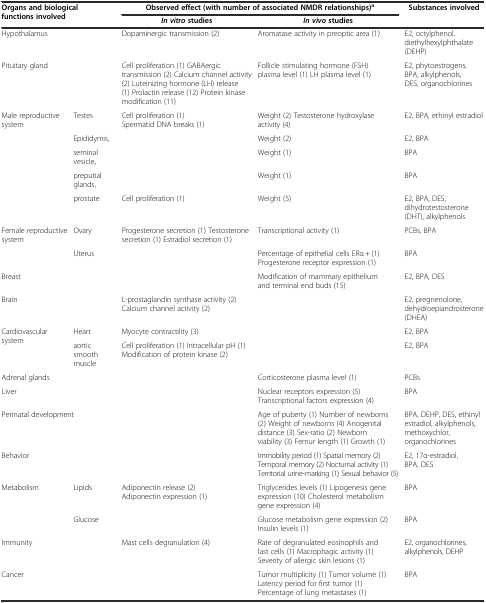
<table><thead><tr><td rowspan="2" colspan="2"><b>Organs and biological functions involved</b></td><td colspan="2"><b>Observed effect (with number of associated NMDR relationships)<sup>a</sup></b></td><td rowspan="2"><b>Substances involved</b></td></tr><tr><td><b><i>In vitro</i>studies</b></td><td><b><i>In vivo</i>studies</b></td></tr></thead><tbody><tr><td colspan="2">Hypothalamus</td><td>Dopaminergic transmission (2)</td><td>Aromatase activity in preoptic area (1)</td><td>E2, octylphenol, diethylhexylphthalate (DEHP)</td></tr><tr><td colspan="2">Pituitary gland</td><td>Cell proliferation (1) GABAergic transmission (2) Calcium channel activity (2) Luteinizing hormone (LH) release (1) Prolactin release (12) Protein kinase modification (11)</td><td>Follicle stimulating hormone (FSH) plasma level (1) LH plasma level (1)</td><td>E2, phytoestrogens, BPA, alkylphenols, DES, organochlorines</td></tr><tr><td rowspan="5">Male reproductive system</td><td>Testes</td><td>Cell proliferation (1) Spermatid DNA breaks (1)</td><td>Weight (2) Testosterone hydroxylase activity (4)</td><td>E2, BPA, ethinyl estradiol</td></tr><tr><td>Epididymis,</td><td></td><td>Weight (2)</td><td>E2, BPA</td></tr><tr><td>seminal vesicle,</td><td></td><td>Weight (1)</td><td>BPA</td></tr><tr><td>preputial glands,</td><td></td><td>Weight (1)</td><td>BPA</td></tr><tr><td>prostate</td><td>Cell proliferation (1)</td><td>Weight (5)</td><td>E2, BPA, DES, dihydrotestosterone (DHT), alkylphenols</td></tr><tr><td rowspan="2">Female reproductive system</td><td>Ovary</td><td>Progesterone secretion (1) Testosterone secretion (1) Estradiol secretion (1)</td><td>Transcriptional activity (1)</td><td>PCBs, BPA</td></tr><tr><td>Uterus</td><td></td><td>Percentage of epithelial cells ERα + (1) Progesterone receptor expression (1)</td><td>BPA</td></tr><tr><td colspan="2">Breast</td><td></td><td>Modification of mammary epithelium and terminal end buds (15)</td><td>E2, BPA, DES</td></tr><tr><td colspan="2">Brain</td><td>L-prostaglandin synthase activity (2) Calcium channel activity (2)</td><td></td><td>E2, pregnenolone, dehydroepiandrosterone (DHEA)</td></tr><tr><td rowspan="2">Cardiovascular system</td><td>Heart</td><td>Myocyte contractility (3)</td><td></td><td>E2, BPA</td></tr><tr><td>aortic smooth muscle</td><td>Cell proliferation (1) Intracellular pH (1) Modification of protein kinase (2)</td><td></td><td>E2, BPA</td></tr><tr><td colspan="2">Adrenal glands</td><td></td><td>Corticosterone plasma level (1)</td><td>PCBs</td></tr><tr><td colspan="2">Liver</td><td></td><td>Nuclear receptors expression (5) Transcriptional factors expression (4)</td><td>BPA</td></tr><tr><td colspan="2">Perinatal development</td><td></td><td>Age of puberty (1) Number of newborns (2) Weight of newborns (4) Anogenital distance (3) Sex-ratio (2) Newborn viability (3) Femur length (1) Growth (1)</td><td>BPA, DEHP, DES, ethinyl estradiol, alkylphenols, methoxychlor, organochlorines</td></tr><tr><td colspan="2">Behavior</td><td></td><td>Immobility period (1) Spatial memory (2) Temporal memory (2) Nocturnal activity (1) Territorial urine-marking (1) Sexual behavior (5)</td><td>E2, 17α-estradiol, BPA, DES</td></tr><tr><td rowspan="2">Metabolism</td><td>Lipids</td><td>Adiponectin release (2) Adiponectin expression (1)</td><td>Triglycerides levels (1) Lipogenesis gene expression (10) Cholesterol metabolism gene expression (4)</td><td>BPA</td></tr><tr><td>Glucose</td><td></td><td>Glucose metabolism gene expression (2) Insulin levels (1)</td><td>BPA</td></tr><tr><td colspan="2">Immunity</td><td>Mast cells degranulation (4)</td><td>Rate of degranulated eosinophils and last cells (1) Macrophagic activity (1) Severity of allergic skin lesions (1)</td><td>E2, organochlorines, alkylphenols, DEHP</td></tr><tr><td colspan="2">Cancer</td><td></td><td>Tumor multiplicity (1) Tumor volume (1) Latency period for first tumor (1) Percentage of lung metastases (1)</td><td>BPA</td></tr></tbody></table>